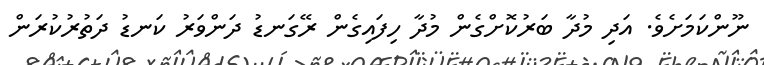
ނޫންކަމަށެވެ. އަދި މުދާ ބަރުކޮށްގެން މުދާ ހިފައިގެން ރޭގަނޑު ދަންވަރު ކަނޑު ދަތުރުކުރަން